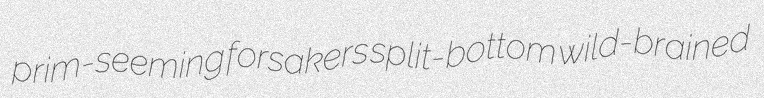
prim-seeming forsakers split-bottom wild-brained